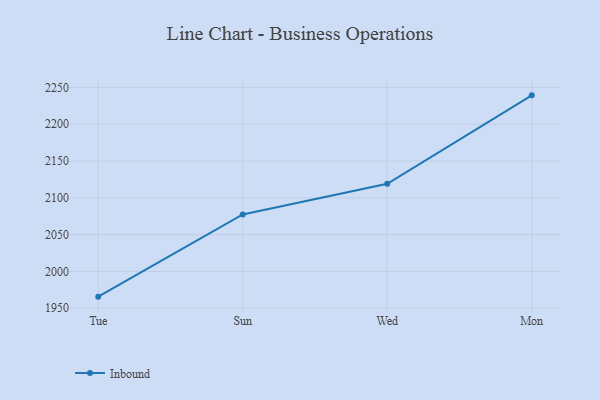
{"axis": {"x": "Day", "y": "Shipments"}, "legend": ["Inbound"], "data": [{"x": "Tue", "y": 1965.8, "type": "Inbound"}, {"x": "Sun", "y": 2077.5, "type": "Inbound"}, {"x": "Wed", "y": 2119.1, "type": "Inbound"}, {"x": "Mon", "y": 2239.2, "type": "Inbound"}]}